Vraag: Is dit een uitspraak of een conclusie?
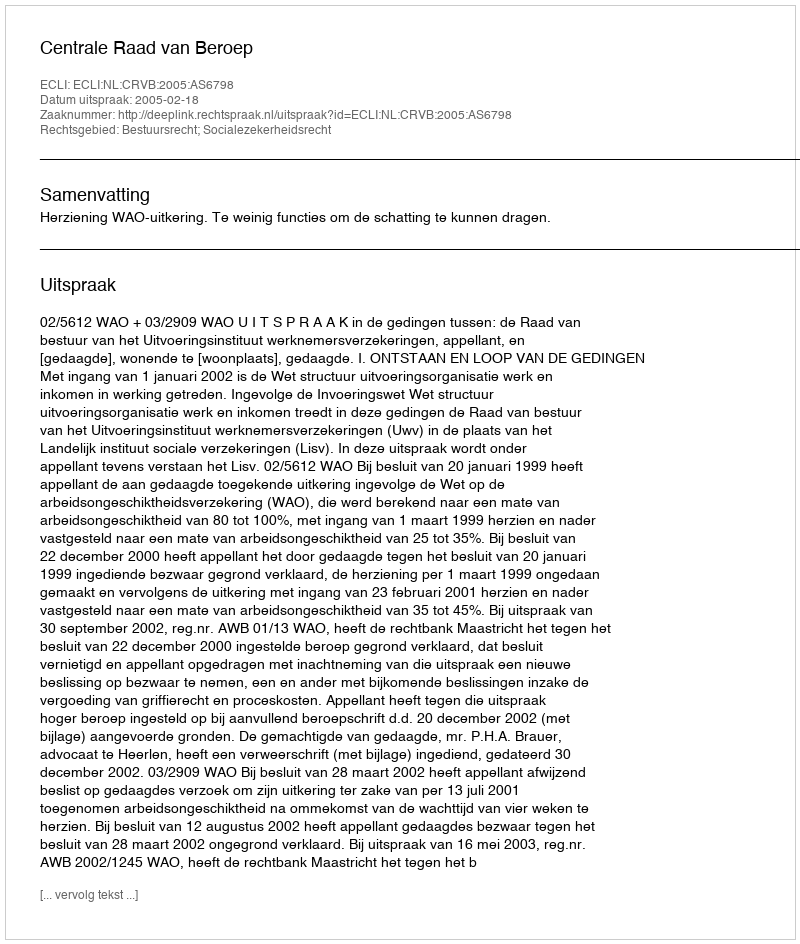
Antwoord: Uitspraak